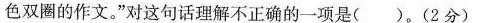
色双圈的作文。”对这句话理解不正确的一项是( )。(2分)